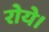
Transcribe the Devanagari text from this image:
रोये।